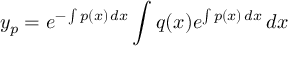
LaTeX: y _ { p } = e ^ { - \int p ( x ) \, d x } \int q ( x ) e ^ { \int p ( x ) \, d x } \, d x